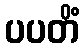
ပပတိံ